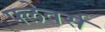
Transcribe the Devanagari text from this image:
फ्लेवर्स